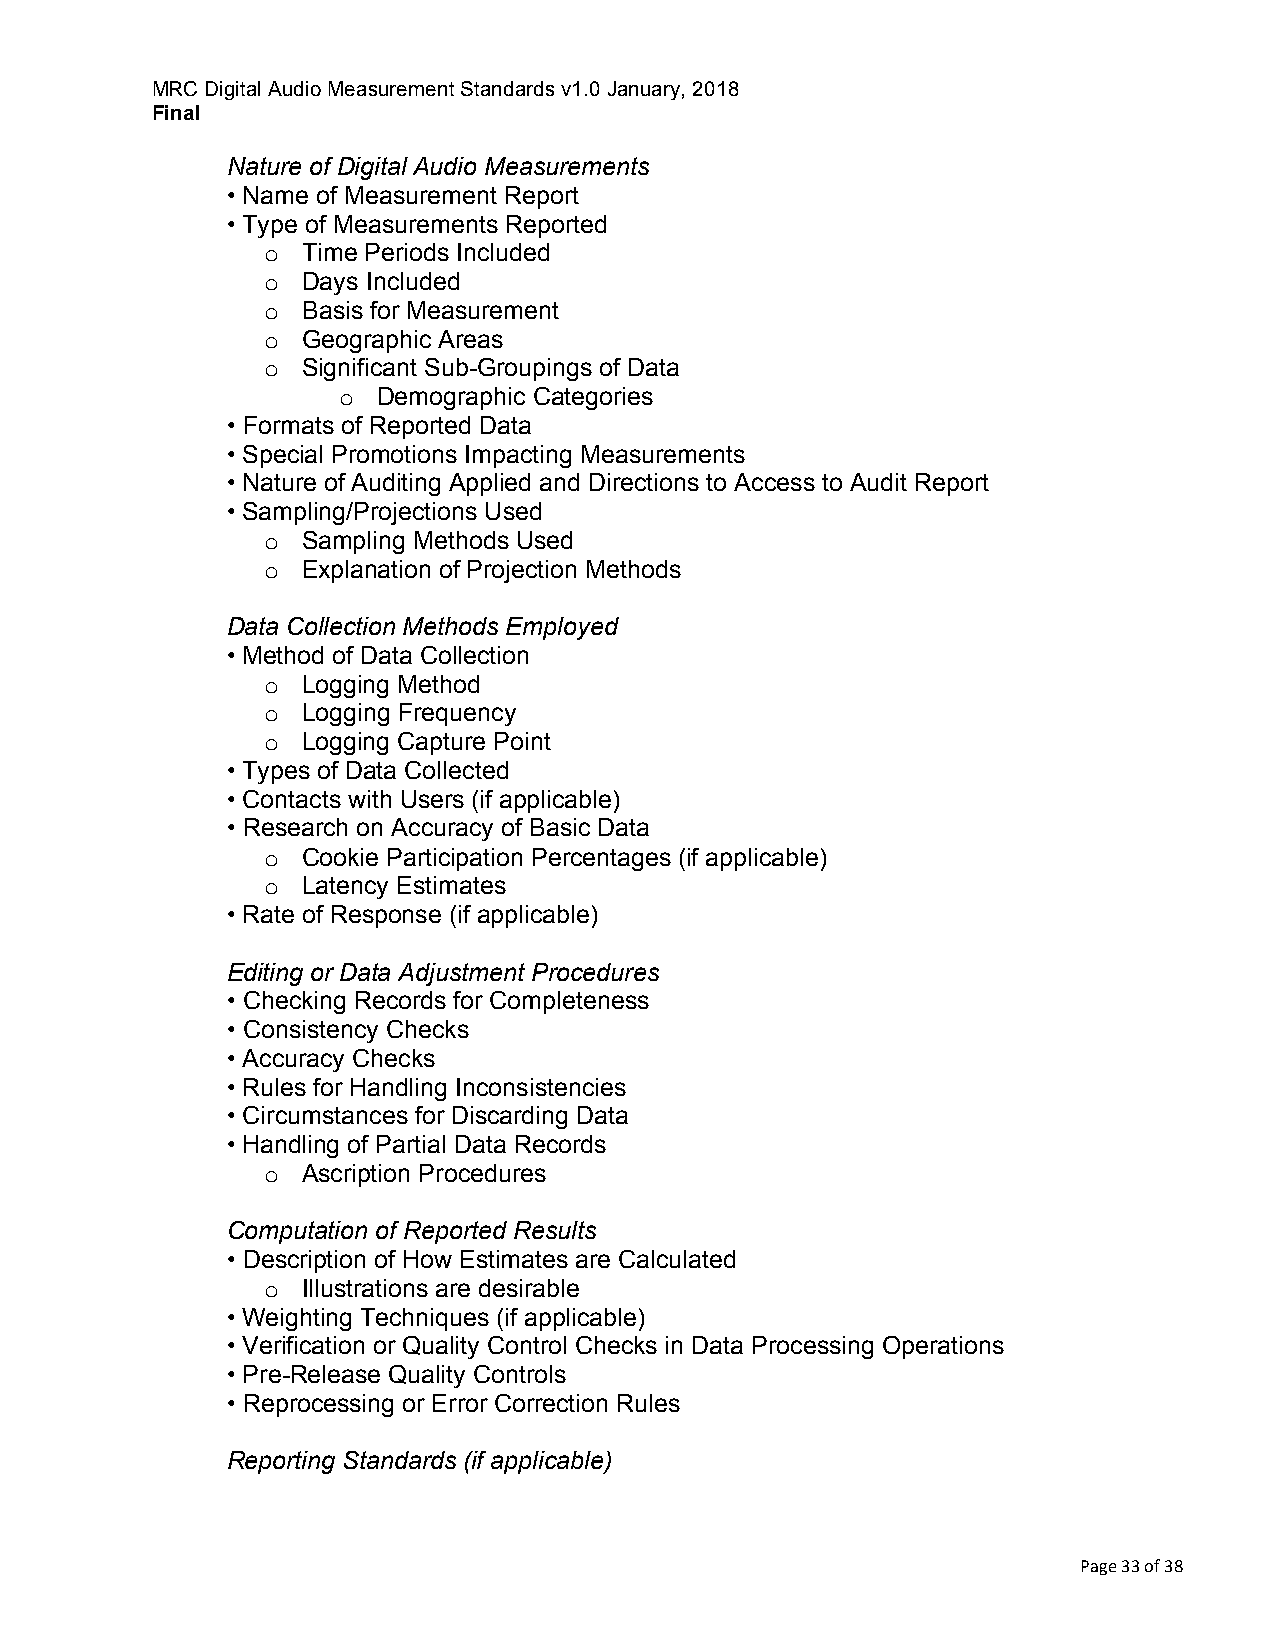
MRC Digital Audio Measurement Standards v1.0 January, 2018
 Final
 Nature of Digital Audio Measurements
 • Name of Measurement Report
 • Type of Measurements Reported
 o Time Periods Included
 o Days Included
 o Basis for Measurement
 o Geographic Areas
 o Significant Sub-Groupings of Data
 o  Demographic Categories
 • Formats of Reported Data
 • Special Promotions Impacting Measurements
 • Nature of Auditing Applied and Directions to Access to Audit Report
 • Sampling/Projections Used
 o Sampling Methods Used
 o Explanation of Projection Methods
 Data Collection Methods Employed
 • Method of Data Collection
 o Logging Method
 o Logging Frequency
 o Logging Capture Point
 • Types of Data Collected
 • Contacts with Users (if applicable)
 • Research on Accuracy of Basic Data
 o Cookie Participation Percentages (if applicable)
 o Latency Estimates
 • Rate of Response (if applicable)
 Editing or Data Adjustment Procedures
 • Checking Records for Completeness
 • Consistency Checks
 • Accuracy Checks
 • Rules for Handling Inconsistencies
 • Circumstances for Discarding Data
 • Handling of Partial Data Records
 o Ascription Procedures
 Computation of Reported Results
 • Description of How Estimates are Calculated
 o Illustrations are desirable
 • Weighting Techniques (if applicable)
 • Verification or Quality Control Checks in Data Processing Operations
 • Pre-Release Quality Controls
 • Reprocessing or Error Correction Rules
 Reporting Standards (if applicable)
 Page 33 of 38